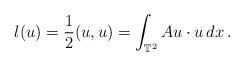
LaTeX: \begin{align*}l(u) = {\frac{1}{2}} (u, u) = \int_{ \mathbb{T} ^2} A u \cdot u \, dx \,.\end{align*}